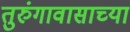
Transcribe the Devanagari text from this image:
तुरुंगावासाच्या